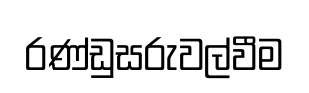
රණ්ඩුසරුවල්වීම